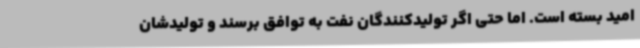
امید بسته است. اما حتی اگر تولیدکنندگان نفت به توافق برسند و تولیدشان